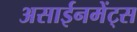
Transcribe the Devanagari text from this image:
असाईनमेंट्स